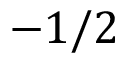
- 1 / 2